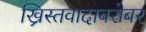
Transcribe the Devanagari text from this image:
ख्रिस्तवादाबरोबर